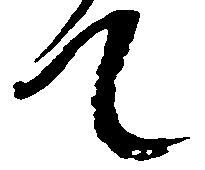
て